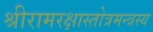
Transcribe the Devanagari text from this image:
श्रीरामरक्षास्तोत्रमन्त्रस्य